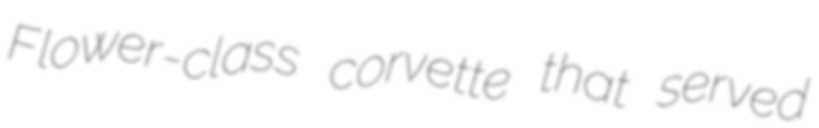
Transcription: Flower-class corvette that served